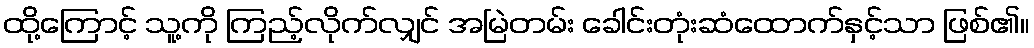
ထို့ကြောင့် သူ့ကို ကြည့်လိုက်လျှင် အမြဲတမ်း ခေါင်းတုံးဆံထောက်နှင့်သာ ဖြစ်၏။